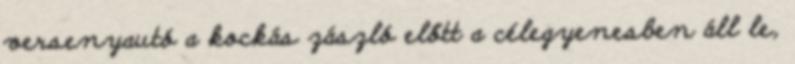
versenyautó a kockás zászló előtt a célegyenesben áll le,